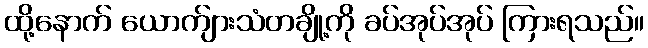
ထို့နောက် ယောက်ျားသံတချို့ကို ခပ်အုပ်အုပ် ကြားရသည်။